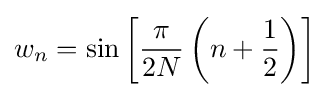
w_{n}=\sin \left[{\frac {\pi }{2N}}\left(n+{\frac {1}{2}}\right)\right]